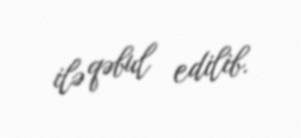
ilə qəbul edilib.